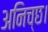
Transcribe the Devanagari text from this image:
अनिच्छ।